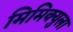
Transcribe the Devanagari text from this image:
मिमिक्युला